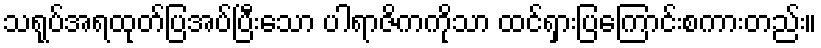
သရုပ်အရထုတ်ပြအပ်ပြီးသော ပါရာဇိကကိုသာ ထင်ရှားပြကြောင်းစကားတည်း။